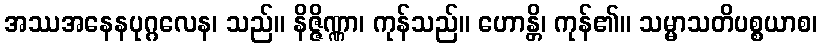
အဿအနေနပုဂ္ဂလေန၊ သည်။ နိဇ္ဇိဏ္ဏာ၊ ကုန်သည်။ ဟောန္တိ၊ ကုန်၏။ သမ္မာသတိပစ္စယာစ၊